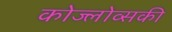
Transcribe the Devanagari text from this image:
कोज्लोव्सकी